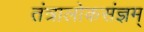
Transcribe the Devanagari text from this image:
तंत्रालोकसंज्ञम्